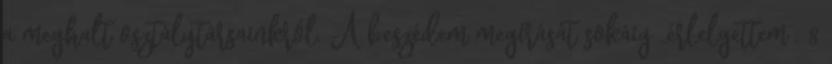
a meghalt osztálytársainkról. A beszédem megírását sokáig „érlelgettem”. 8